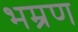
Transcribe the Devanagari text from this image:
भम्रण